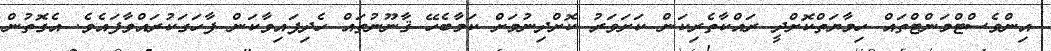
އިންވެސްޓްމަންޓްތައް ހިމާޔަތްކޮށްދީ ރައްކާތެރިކަން ކަށަވަރު ކޮށްދިނުމަށް ކަމާބެހޭ ޤާނޫނުތައް ހެދިފައިވާކަން ފާހަގަކުރައްވާފައެވެ. އެގޮތުން